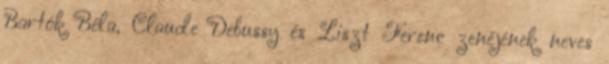
Bartók Béla, Claude Debussy és Liszt Ferenc zenéjének neves